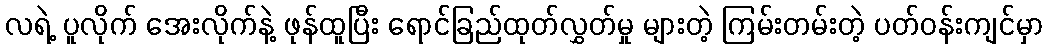
လရဲ့ ပူလိုက် အေးလိုက်နဲ့ ဖုန်ထူပြီး ရောင်ခြည်ထုတ်လွှတ်မှု များတဲ့ ကြမ်းတမ်းတဲ့ ပတ်ဝန်းကျင်မှာ